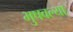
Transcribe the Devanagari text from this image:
भुषवल्या